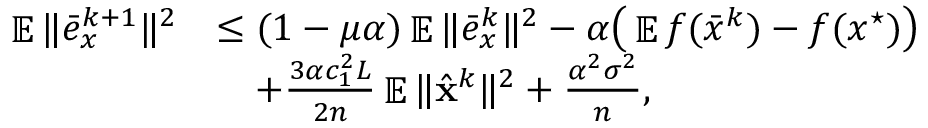
\begin{array} { r l } { \mathop { \mathbb { E } } \| \bar { e } _ { x } ^ { k + 1 } \| ^ { 2 } } & { \leq ( 1 - \mu \alpha ) \mathop { \mathbb { E } } \| \bar { e } _ { x } ^ { k } \| ^ { 2 } - \alpha \big ( \mathop { \mathbb { E } } f ( \bar { x } ^ { k } ) - f ( x ^ { \star } ) \big ) } \\ & { \quad + \frac { 3 \alpha c _ { 1 } ^ { 2 } L } { 2 n } \mathop { \mathbb { E } } \| \hat { { \mathbf { x } } } ^ { k } \| ^ { 2 } + \frac { \alpha ^ { 2 } \sigma ^ { 2 } } { n } , } \end{array}